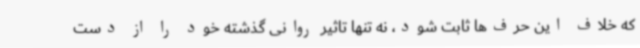
که خلاف این حرف‌ها ثابت شود، نه تنها تاثیر روانی گذشته خود را از دست